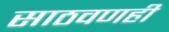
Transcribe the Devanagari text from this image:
साठवणही